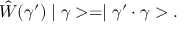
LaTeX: \hat { W } ( \gamma ^ { \prime } ) \mid \gamma > = \mid \gamma ^ { \prime } \cdot \gamma > .